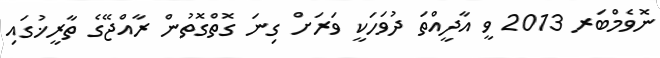
ނޮވެމްބަރ 2013 ވީ އާދީއްތަ ދުވަހަކީ ވަރަށް ގިނަ ގޮތްގޮތުން ރާއްޖޭގެ ތާރީޚުގައި